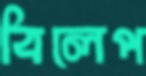
বিলেপ